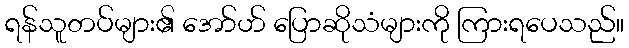
ရန်သူတပ်များ၏ အော်ဟ် ပြောဆိုသံများကို ကြားရပေသည်။